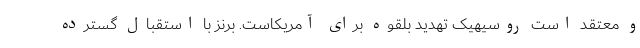
و معتقد است روسیهیک تهدید بلقوه برای آمریکاست. برنز با استقبال گسترده